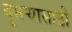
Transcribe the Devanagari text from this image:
दुसऱ्यासाठी